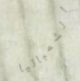
الشمبانيا